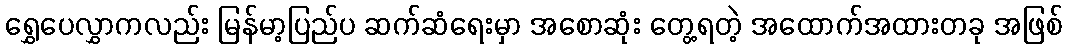
ရွှေပေလွှာကလည်း မြန်မာ့ပြည်ပ ဆက်ဆံရေးမှာ အစောဆုံး တွေ့ရတဲ့ အထောက်အထားတခု အဖြစ်